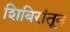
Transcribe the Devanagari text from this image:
शिबिरांतून